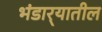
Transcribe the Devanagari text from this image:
भंडार्‍यातील